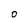
Character: O